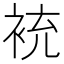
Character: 䘪